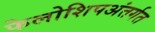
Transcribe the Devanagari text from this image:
फेलोशिपअंतर्गत